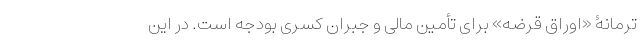
ترمانۀ «اوراق قرضه» برای تأمین مالی و جبران کسری بودجه است. در این